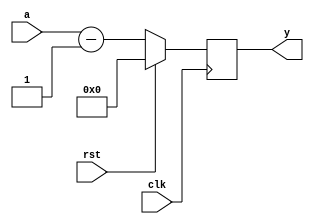
module down_counter(input [3:0]a,
                  input rst,clk,
                  output reg [3:0]y);
  
  always @(posedge clk)begin
    
    if (rst) 
      y<=4'b0000;
    
    else  
        y<=a-1;
      
   
  end
endmodule